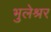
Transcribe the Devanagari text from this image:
भुलेश्रर